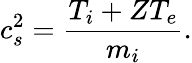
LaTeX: c_{s}^{2}=\frac{T_{i}+ZT_{e}}{m_{i}}.